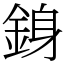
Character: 銵